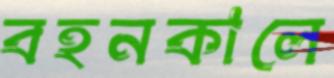
বহনকালে